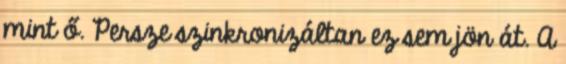
mint ő. Persze szinkronizáltan ez sem jön át. A